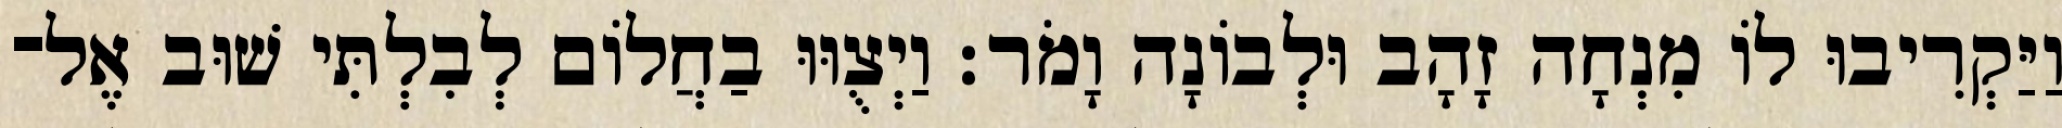
וַיַּקְרִיבוּ לוֹ מִנְחָה זָהָב וּלְבוֹנָה וָמֹר׃ וַיְצֻוּוּ בַחֲלוֹם לְבִלְתִּי שׁוּב אֶל־